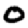
Digit: 0